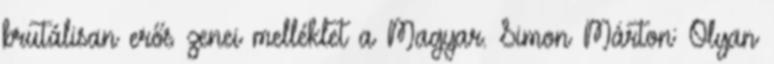
brutálisan erős zenei melléklet a Magyar. Simon Márton: Olyan